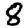
Digit: 8